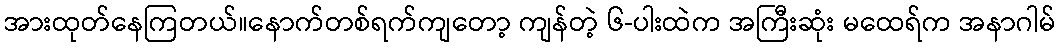
အားထုတ်နေကြတယ်။နောက်တစ်ရက်ကျတော့ ကျန်တဲ့ ၆-ပါးထဲက အကြီးဆုံး မထေရ်က အနာဂါမ်